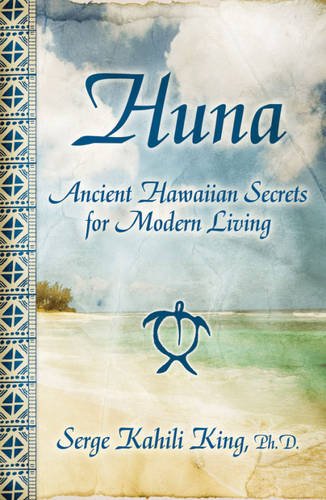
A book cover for Huna: Ancient Hawaiian Secrets for Modern Living; Serge Kahili King; Religion & Spirituality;